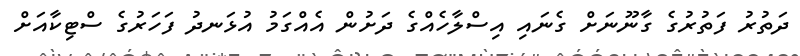
ދަތުރު ފަތުރުގެ ގާނޫނަށް ގެނައި އިސްލާހެއްގެ ދަށުން އެއްގަމު އުޅަނދު ފަހަރުގެ ސްޓިކާއަށް